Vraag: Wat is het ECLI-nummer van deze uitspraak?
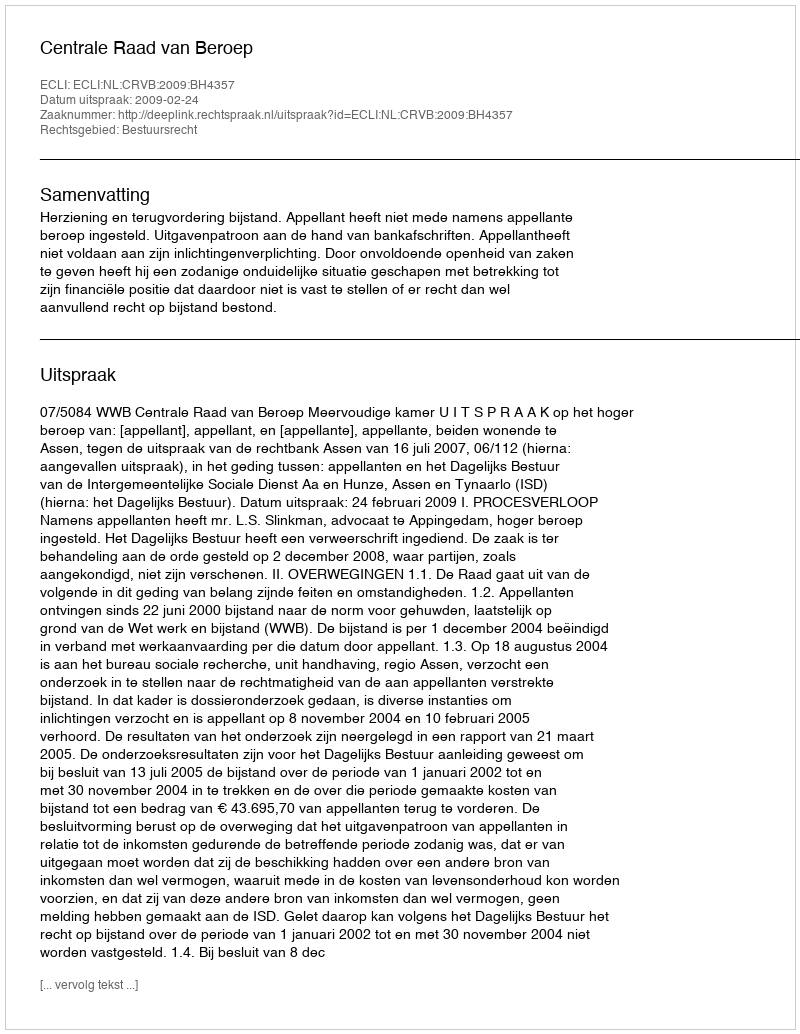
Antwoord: ECLI:NL:CRVB:2009:BH4357